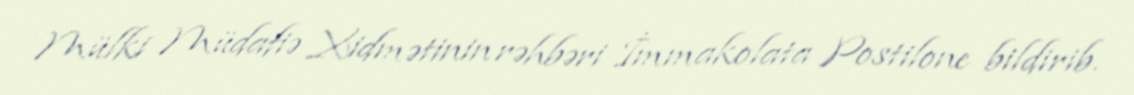
Mülki Müdafiə Xidmətinin rəhbəri İmmakolata Postilone bildirib.